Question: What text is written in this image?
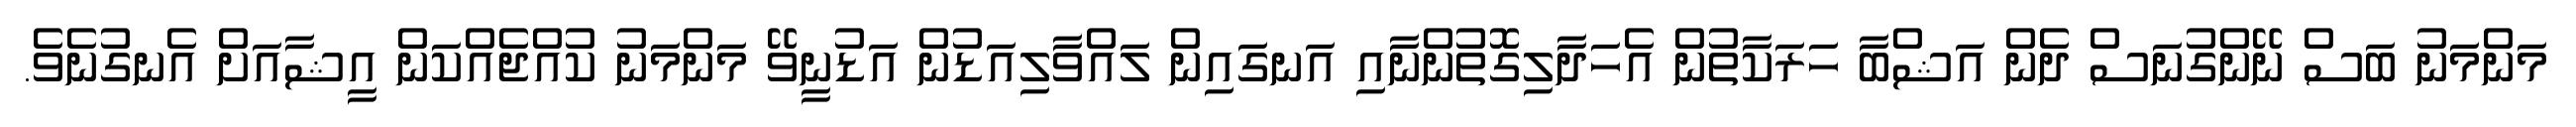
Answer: މަންމަނު ބަސް ނޭންގުނަސް ދެން އަޝްބާ ހަރަކާތުން އެހަދާލިގޮތުންނާއި އަނގައިން ލައްވާލިއަޑުން އަޑުނީވޭ މަންމަނު ކުއްޖެއްކަން އީޝާއަށް އެނގުނެވެ.